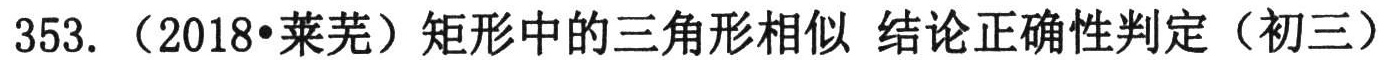
353. （2018•莱芜）矩形中的三角形相似 结论正确性判定（初三）